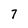
Character: 7